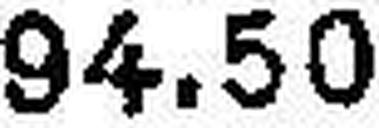
94.50